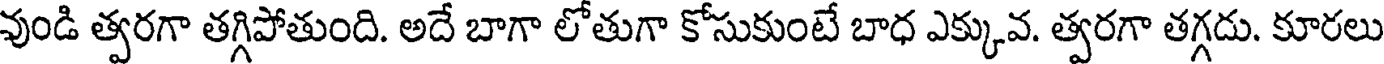
వుండి త్వరగా తగ్గిపోతుంది. అదే బాగా లోతుగా కోసుకుంటే బాధ ఎక్కువ. త్వరగా తగ్గదు. కూరలు